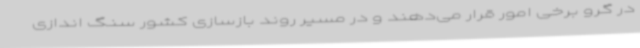
در گرو برخی امور قرار می‌دهند و در مسیر روند بازسازی کشور سنگ اندازی